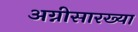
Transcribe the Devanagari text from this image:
अग्नीसारख्या